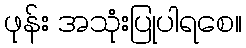
ဖုန်း အသုံးပြုပါရစေ။